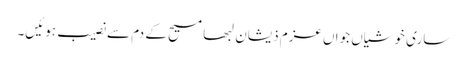
ساری خوشیاں جواں عزم ذیشان لبھا مسیح کے دم سے نصیب ہوئیں۔